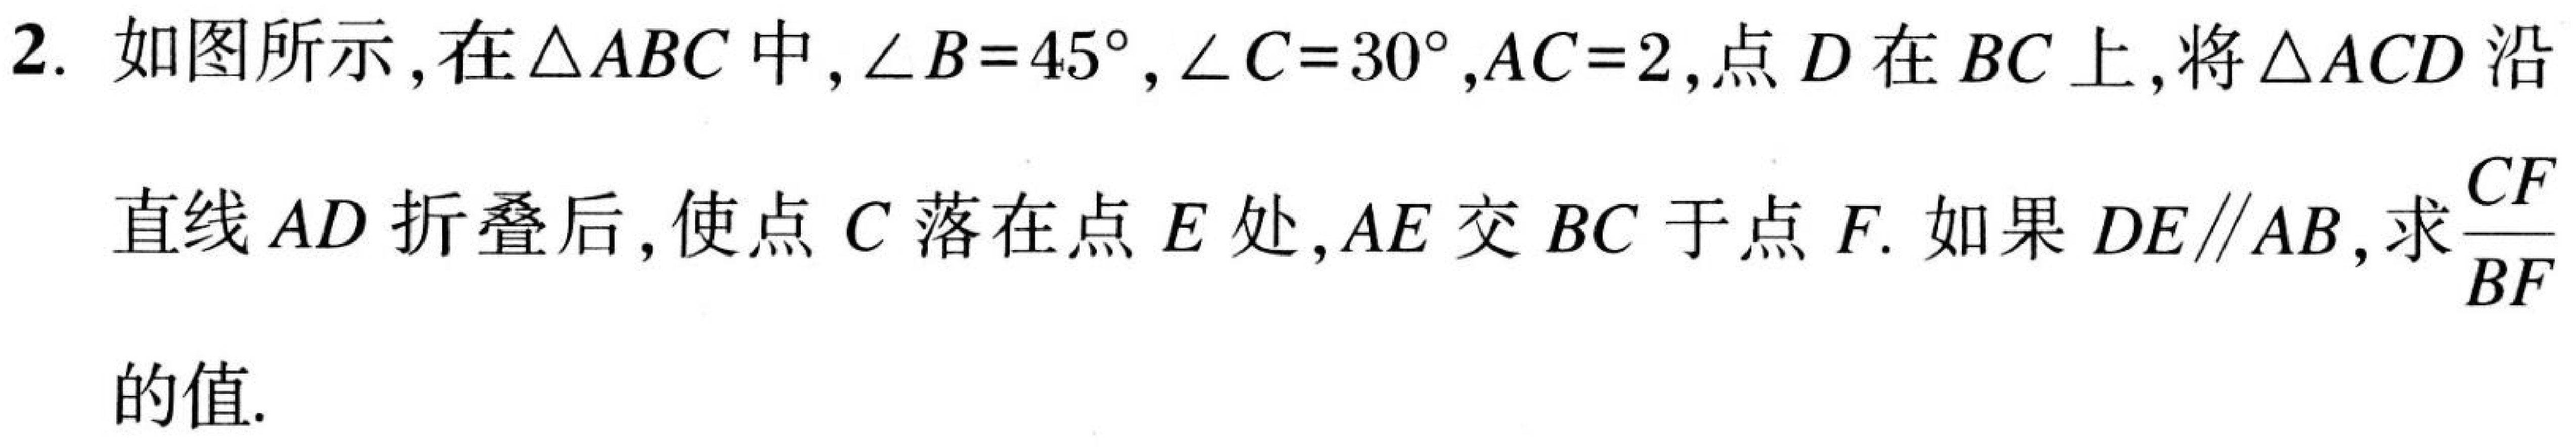
2. 如图所示，在\(\triangle ABC\)中，\(\angle B = 45^{\circ}\)，\(\angle C = 30^{\circ}\)，\(AC = 2\)，点\(D\)在\(BC\)上，将\(\triangle ACD\)沿直线\(AD\)折叠后，使点\(C\)落在点\(E\)处，\(AE\)交\(BC\)于点\(F\). 如果\(DE\parallel AB\)，求\(\dfrac{CF}{BF}\)的值.